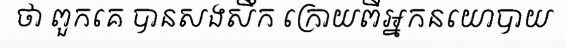
ថា ពួកគេ បានសងសឹក ក្រោយពីអ្នកនយោបាយ